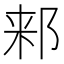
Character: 𬩾